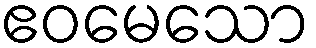
ဧဝမေသော